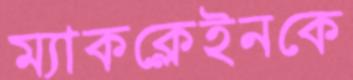
ম্যাকক্লেইনকে